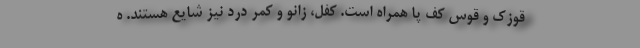
قوزک و قوس کف پا همراه است. کفل، زانو و کمر درد نیز شایع هستند. ه